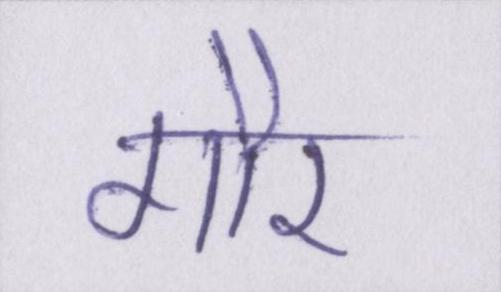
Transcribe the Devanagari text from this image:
गौर